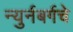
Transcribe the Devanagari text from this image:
न्युर्नबर्गचे